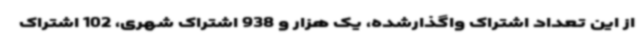
از این تعداد اشتراک واگذارشده، یک هزار و 938 اشتراک شهری، 102 اشتراک